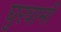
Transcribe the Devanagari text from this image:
घुरवामी